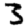
Digit: 3